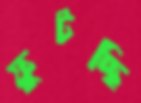
ফুটচ্ছি